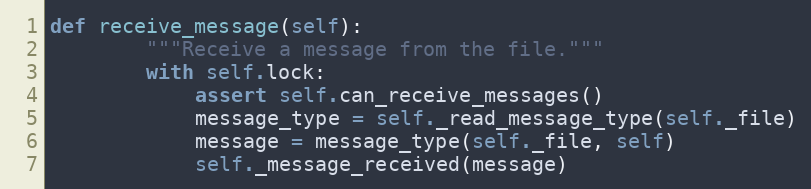
Language: Python
def receive_message(self):
        """Receive a message from the file."""
        with self.lock:
            assert self.can_receive_messages()
            message_type = self._read_message_type(self._file)
            message = message_type(self._file, self)
            self._message_received(message)